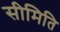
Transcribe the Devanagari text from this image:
सीमिति